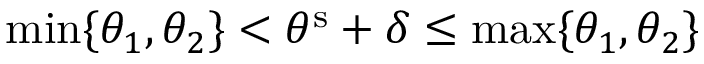
\operatorname* { m i n } \{ \theta _ { 1 } , \theta _ { 2 } \} < \theta ^ { \mathrm { s } } + \delta \leq \operatorname* { m a x } \{ \theta _ { 1 } , \theta _ { 2 } \}